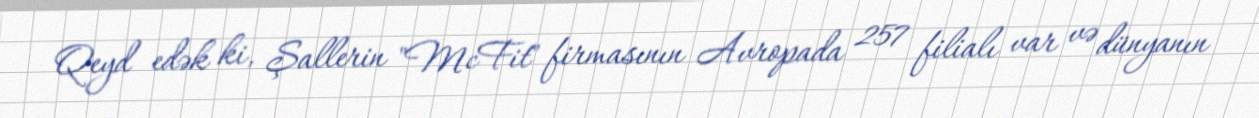
Qeyd edək ki, Şallerin "McFit" firmasının Avropada 257 filialı var və dünyanın